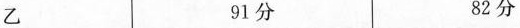
乙 91分82分